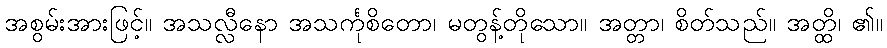
အစွမ်းအားဖြင့်။ အသလ္လီနော အသင်္ကုစိတော၊ မတွန့်တိုသော။ အတ္တာ၊ စိတ်သည်။ အတ္ထိ၊ ၏။